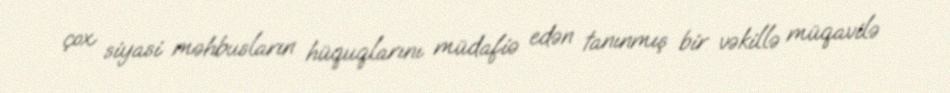
çox siyasi məhbusların hüquqlarını müdafiə edən tanınmış bir vəkillə müqavilə